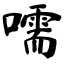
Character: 嚅